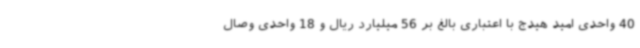
40 واحدی امید هیدج با اعتباری بالغ بر 56 میلیارد ریال و 18 واحدی وصال